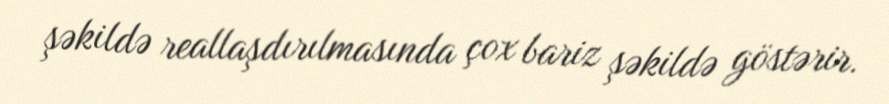
şəkildə reallaşdırılmasında çox bariz şəkildə göstərir.